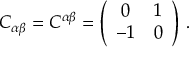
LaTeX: C _ { \alpha \beta } = C ^ { \alpha \beta } = \left( \begin{array} { c c } { { 0 } } & { { 1 } } \\ { { - 1 } } & { { 0 } } \end{array} \right) \, .